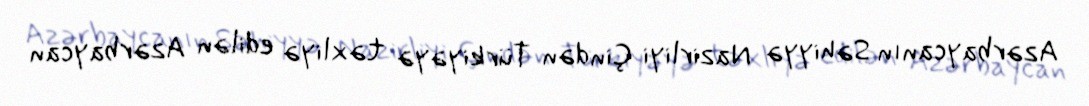
Azərbaycanın Səhiyyə Nazirliyi Çindən Türkiyəyə təxliyə edilən Azərbaycan